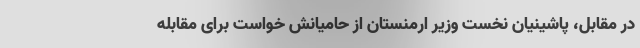
در مقابل، پاشینیان نخست وزیر ارمنستان از حامیانش خواست برای مقابله